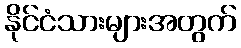
နိုင်ငံသားများအတွက်